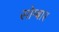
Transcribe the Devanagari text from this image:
सोम्बार